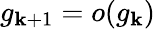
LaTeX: g_{\mathbf{k}+1}=o(g_{\mathbf{k}})